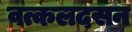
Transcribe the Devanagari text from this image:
वत्कलदसन